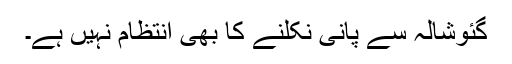
گئوشالہ سے پانی نکلنے کا بھی انتظام نہیں ہے۔